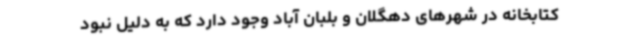
کتابخانه در شهرهای دهگلان و بلبان آباد وجود دارد که به دلیل نبود